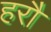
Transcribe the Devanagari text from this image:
हरौ